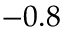
- 0 . 8